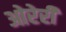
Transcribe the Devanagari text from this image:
ओरेरी